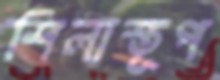
শিলাস্তূপ